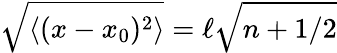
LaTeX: \sqrt{\langle(x-x_{0})^{2}\rangle}=\ell\sqrt{n+1/2}